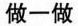
做一做